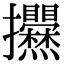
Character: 𢺱